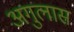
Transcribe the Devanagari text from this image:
अगुलास